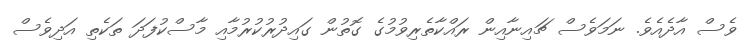
ވެސް އާދެއެވެ. ނަމަވެސް ޗައިނާއިން ރައްކާތެރިވުމުގެ ގޮތުން ގައިދުރުކުރުމާއި މާސްކުފަދަ ތަކެތި އަދިވެސް